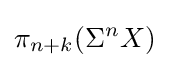
\pi _{n+k}(\Sigma ^{n}X)